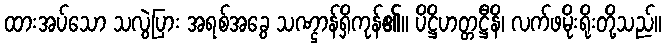
ထားအပ်သော သလွဲပြား အရစ်အခွေ သဏ္ဌာန်ရှိကုန်၏။ ပိဋ္ဌိဟတ္တဋ္ဌီနိ၊ လက်ဖမိုးရိုးတို့သည်။